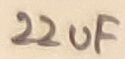
Text: 22uF